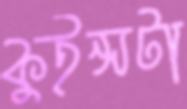
কুইন্সটা